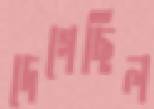
দেগেছিল